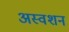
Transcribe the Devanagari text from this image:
अस्वशन